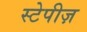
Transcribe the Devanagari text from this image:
स्टेपीज़